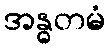
အန္ဓတမံ